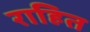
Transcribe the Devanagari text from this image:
राहित